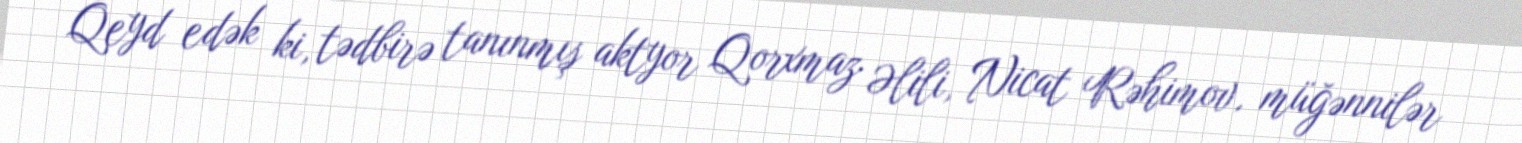
Qeyd edək ki, tədbirə tanınmış aktyor Qorxmaz Əlili, Nicat Rəhimov, müğənnilər